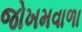
જોખમવાળા